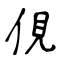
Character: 俔